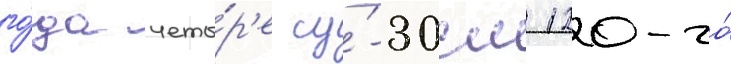
го́да четы́р'е су́-30см 120-го́